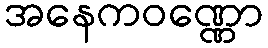
အနေကဝဏ္ဏော